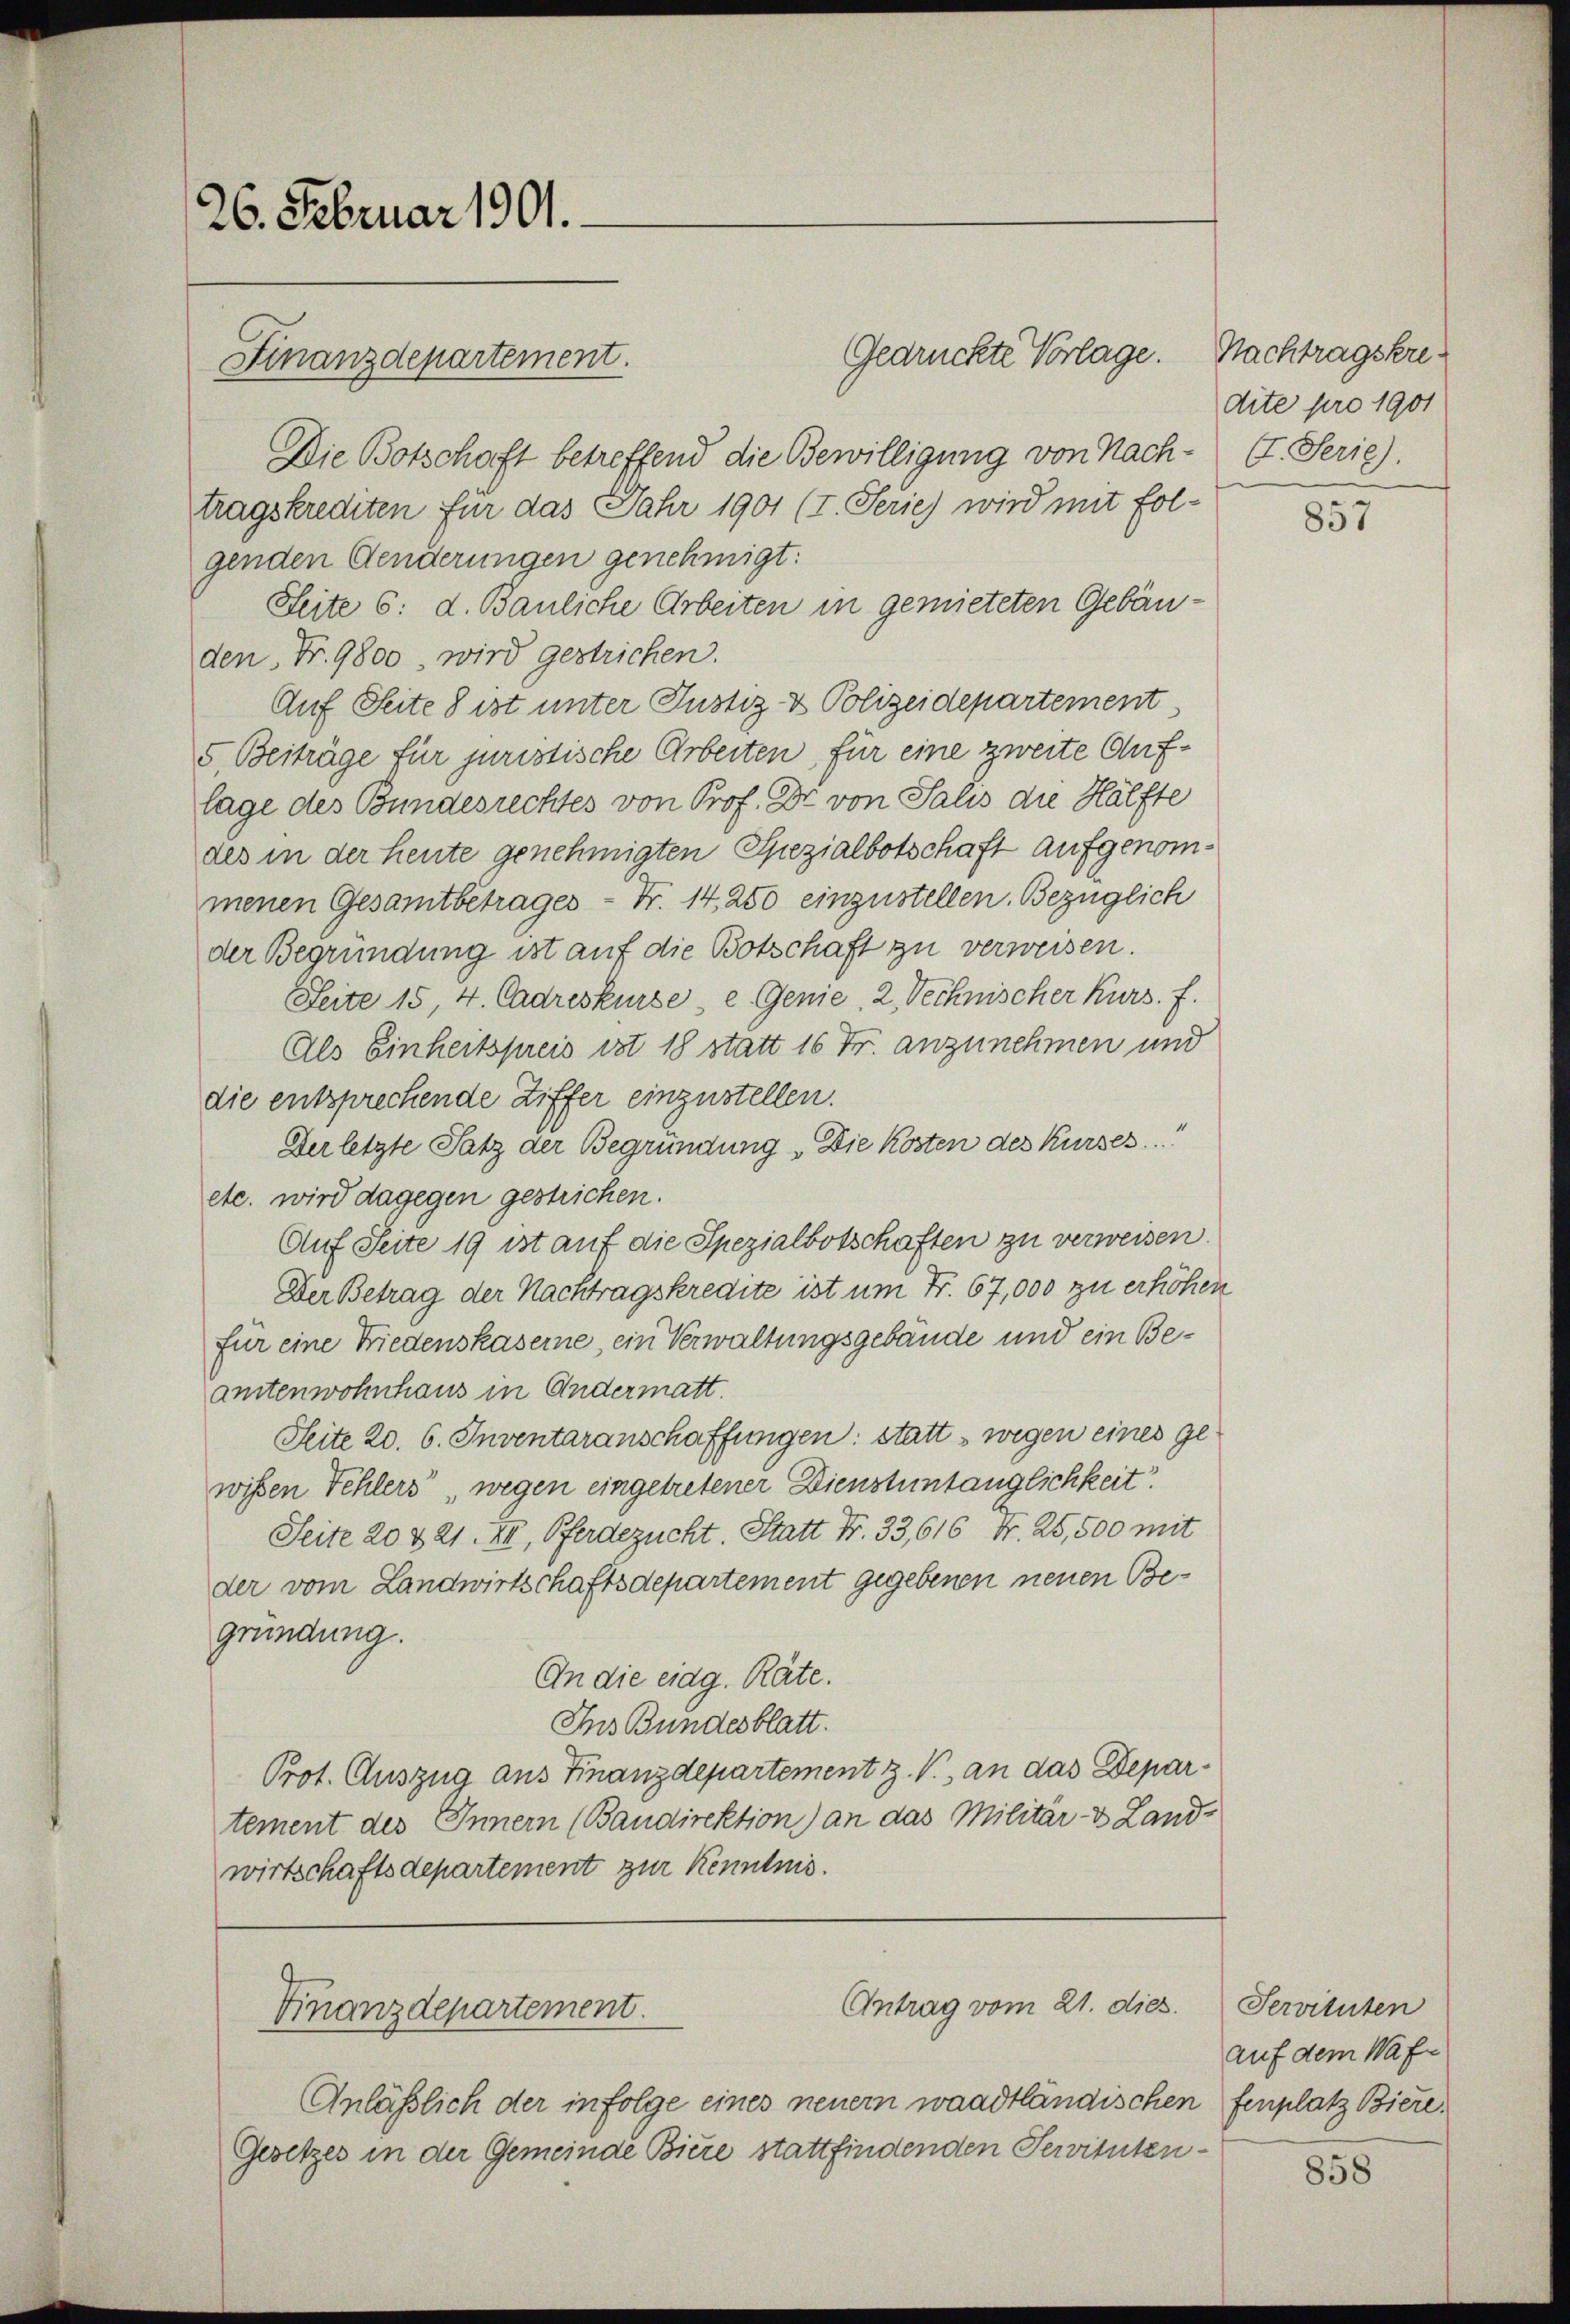
26. Februar 1901.

Gedrückte Vorlage. Nachtragskre¬
Die Botschaft betreffend die Bewilligung von Nachtragskrediten für das Jahr 1901 (I. Serie) wird mit fol-
genden Aenderungen genehmigt:
Seite 6: d. Bauliche Arbeiten in gemieteten Gebäuden, Nr. 9800. wird gestrichen.
Auf Seite 8 ist unter Justiz- & Polizeidepartement
5. Beiträge für juristische Arbeiten, für eine zweite Auflage des Bundesrechtes von Prof. Dr. von Salis die Hälfte
des in der heute genehmigten Spezialbotschaft aufgenommenen Gesamtbetrages - Fr. 14, 250 einzustellen. Bezüglich
der Begründung ist auf die Botschaft zu verweisen.
Seite 15, 4. Cadreskurse - e. Genie 2. Technischer Kurs. f.
Als Einheitspreis ist 18 statt 16 Fr. anzunehmen und
die entsprechende Ziffer einzustellen.
Der letzte Satz der Begründung. Die Kosten des Kurses
etc. wird dagegen gestrichen.
Auf Seite 19 ist auf die Spezialbotschaften zu verweisen.
Der Betrag der Nachtragskredite ist um Fr. 67,000 zu erhöhen
für eine Friedenskaserne, ein Verwaltungsgebäude und ein Beamtenwohnhaus in Andermatt
Seite 20. 6. Inventaranschaffungen: statt wegen eines gewissen Fehlers, wegen eingetretener Dienstuntauglichkeit.
Seite 20 & 21. III, Pferdezucht. Statt Fr. 33,616 Fr. 25,500 mit
der vom Landwirtschaftsdepartement gegebenen neuen Begründung.
An die eidg. Räte.
Ins Bundesblatt.
Prot. Auszug aus Finanzdepartement z. V., an das Departement des Innern (Bandirektion) an das Militär- & Land-
wirtschaftsdepartement zur Kenntnis.

Finanzdepartement.

Anläßlich der in Folge eines neuem waadtländischen
Gesetzes in der Gemeinde Biere stattfindenden Servituten¬

Finanzdepartement.

Antrag vom 21. dies

dite pro 1901
(I. Serie).

857

Servituten
auf dem Waffenplatz Biere.

858